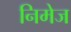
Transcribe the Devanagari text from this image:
निमेज